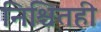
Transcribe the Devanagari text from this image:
निश्चितही